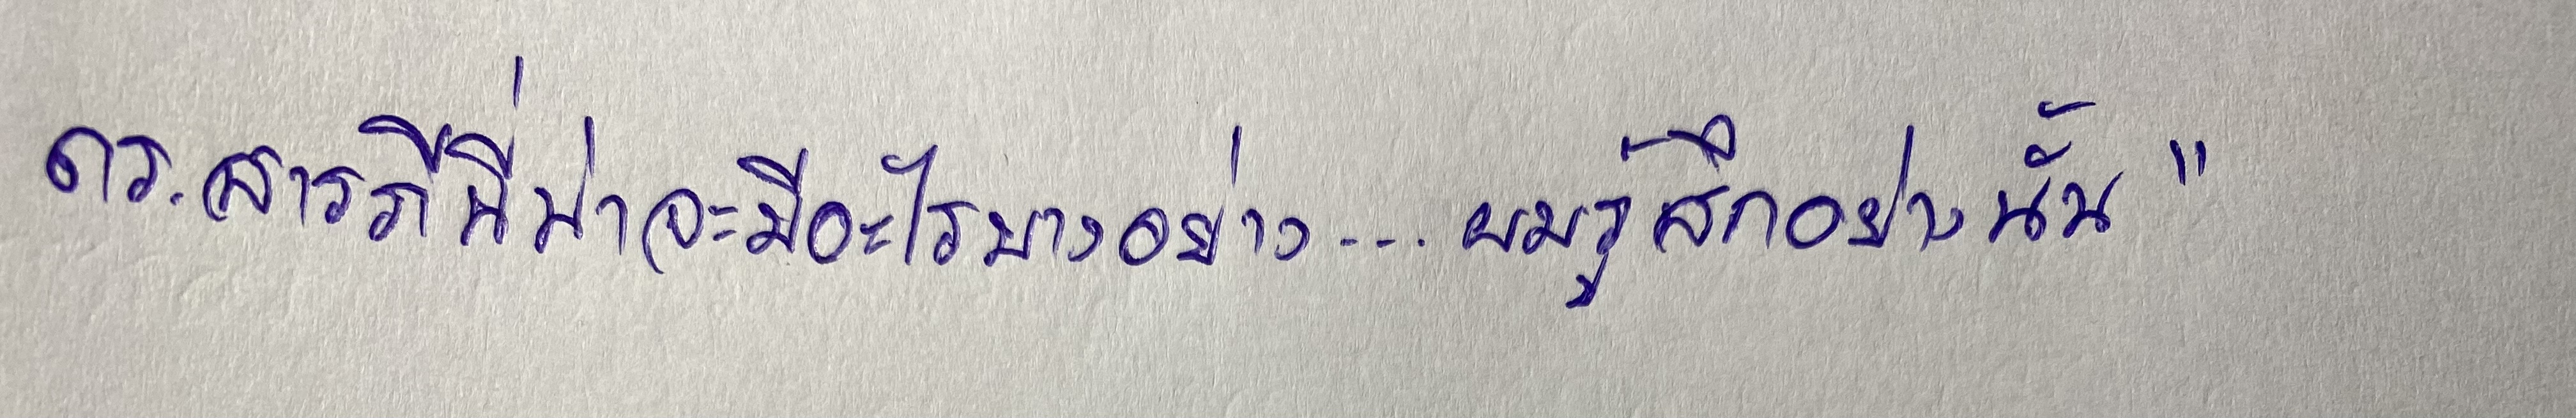
ดร.สารภีนี่น่าจะมีอะไรบางอย่าง...ผมรู้สึกอย่างนั้น"